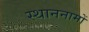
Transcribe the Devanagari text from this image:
स्थाननामों